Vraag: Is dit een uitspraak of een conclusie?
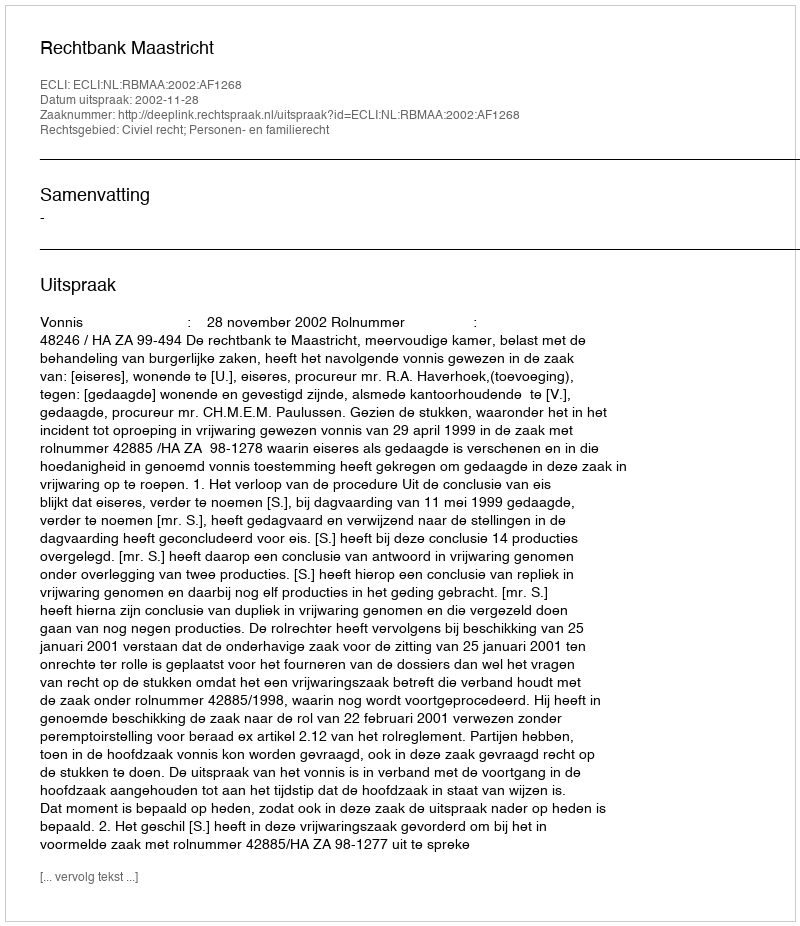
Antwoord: Uitspraak